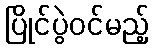
ပြိုင်ပွဲဝင်မည့်